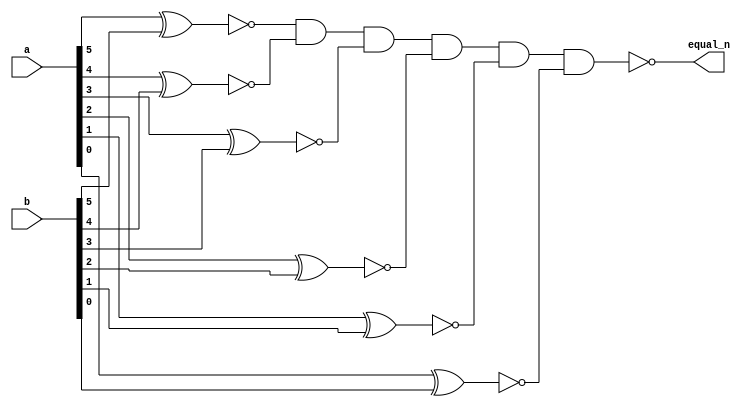
module j_cmp6i
(
	output equal_n,
	input [0:5] a,
	input [0:5] b
);
wire eq_0;
wire eq_1;
wire eq_2;
wire eq_3;
wire eq_4;
wire eq_5;

// _DUPLO.NET (130) - eq[0-5] : en
assign eq_0 = ~(a[0] ^ b[0]);
assign eq_1 = ~(a[1] ^ b[1]);
assign eq_2 = ~(a[2] ^ b[2]);
assign eq_3 = ~(a[3] ^ b[3]);
assign eq_4 = ~(a[4] ^ b[4]);
assign eq_5 = ~(a[5] ^ b[5]);

// _DUPLO.NET (131) - equal\ : nd6
assign equal_n = ~(eq_0 & eq_1 & eq_2 & eq_3 & eq_4 & eq_5);
endmodule